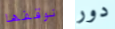
نوقفها دور